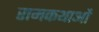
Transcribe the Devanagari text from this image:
रामकथाओं